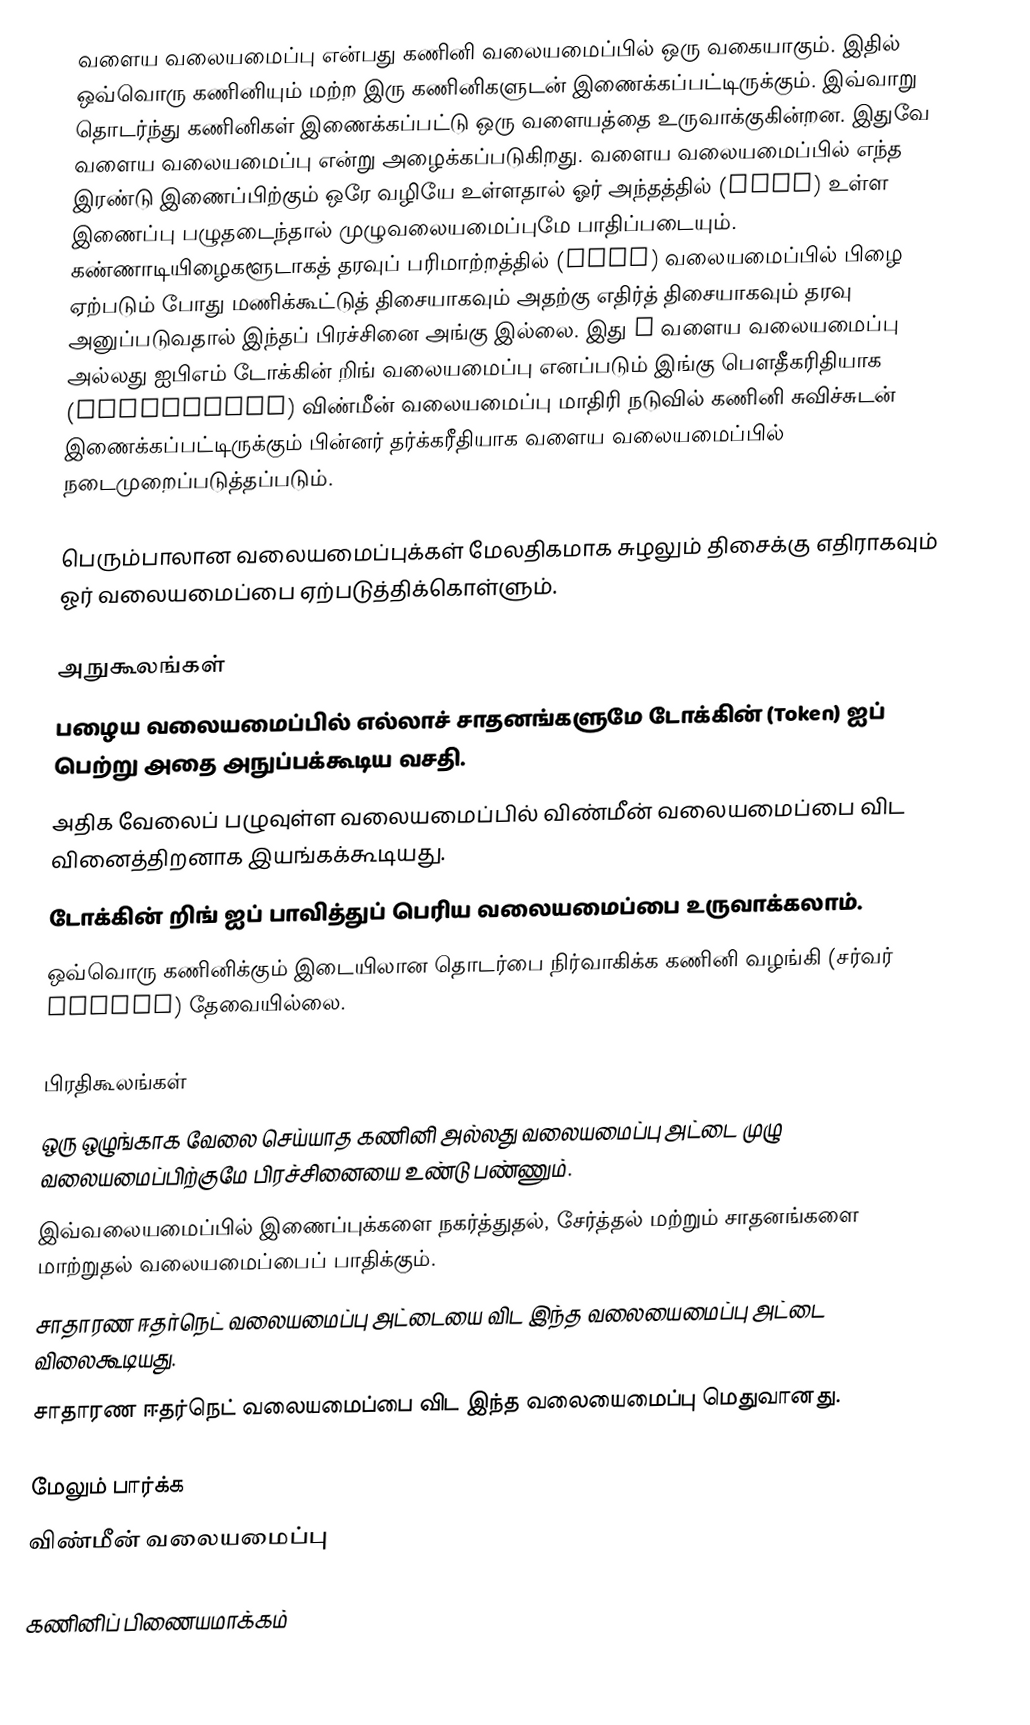
வளைய வலையமைப்பு என்பது கணினி வலையமைப்பில் ஒரு வகையாகும். இதில் ஒவ்வொரு கணினியும் மற்ற இரு கணினிகளுடன் இணைக்கப்பட்டிருக்கும். இவ்வாறு தொடர்ந்து கணினிகள் இணைக்கப்பட்டு ஒரு வளையத்தை உருவாக்குகின்றன. இதுவே வளைய வலையமைப்பு என்று அழைக்கப்படுகிறது. வளைய வலையமைப்பில் எந்த இரண்டு இணைப்பிற்கும் ஒரே வழியே உள்ளதால் ஓர் அந்தத்தில் (Node) உள்ள இணைப்பு பழுதடைந்தால் முழுவலையமைப்புமே பாதிப்படையும். கண்ணாடியிழைகளூடாகத் தரவுப் பரிமாற்றத்தில் (FDDI) வலையமைப்பில் பிழை ஏற்படும் போது மணிக்கூட்டுத் திசையாகவும் அதற்கு எதிர்த் திசையாகவும் தரவு அனுப்படுவதால் இந்தப் பிரச்சினை அங்கு இல்லை. இது C வளைய வலையமைப்பு அல்லது ஐபிஎம் டோக்கின் றிங் வலையமைப்பு எனப்படும் இங்கு பௌதீகரிதியாக (Physically) விண்மீன் வலையமைப்பு மாதிரி நடுவில் கணினி சுவிச்சுடன் இணைக்கப்பட்டிருக்கும் பின்னர் தர்க்கரீதியாக வளைய வலையமைப்பில் நடைமுறைப்படுத்தப்படும்.

பெரும்பாலான வலையமைப்புக்கள் மேலதிகமாக சுழலும் திசைக்கு எதிராகவும் ஓர் வலையமைப்பை ஏற்படுத்திக்கொள்ளும்.

அநுகூலங்கள்
 பழைய வலையமைப்பில் எல்லாச் சாதனங்களுமே டோக்கின் (Token) ஐப் பெற்று அதை அநுப்பக்கூடிய வசதி.
 அதிக வேலைப் பழுவுள்ள வலையமைப்பில் விண்மீன் வலையமைப்பை விட வினைத்திறனாக இயங்கக்கூடியது.
 டோக்கின் றிங் ஐப் பாவித்துப் பெரிய வலையமைப்பை உருவாக்கலாம்.
 ஒவ்வொரு கணினிக்கும் இடையிலான தொடர்பை நிர்வாகிக்க கணினி வழங்கி (சர்வர் server) தேவையில்லை.

பிரதிகூலங்கள்
 ஒரு ஒழுங்காக வேலை செய்யாத கணினி அல்லது வலையமைப்பு அட்டை முழு வலையமைப்பிற்குமே பிரச்சினையை உண்டு பண்ணும்.
 இவ்வலையமைப்பில் இணைப்புக்களை நகர்த்துதல், சேர்த்தல் மற்றும் சாதனங்களை மாற்றுதல் வலையமைப்பைப் பாதிக்கும்.
 சாதாரண ஈதர்நெட் வலையமைப்பு அட்டையை விட இந்த வலையைமைப்பு அட்டை விலைகூடியது.
 சாதாரண ஈதர்நெட் வலையமைப்பை விட இந்த வலையைமைப்பு மெதுவானது.

மேலும் பார்க்க
 விண்மீன் வலையமைப்பு

கணினிப் பிணையமாக்கம்